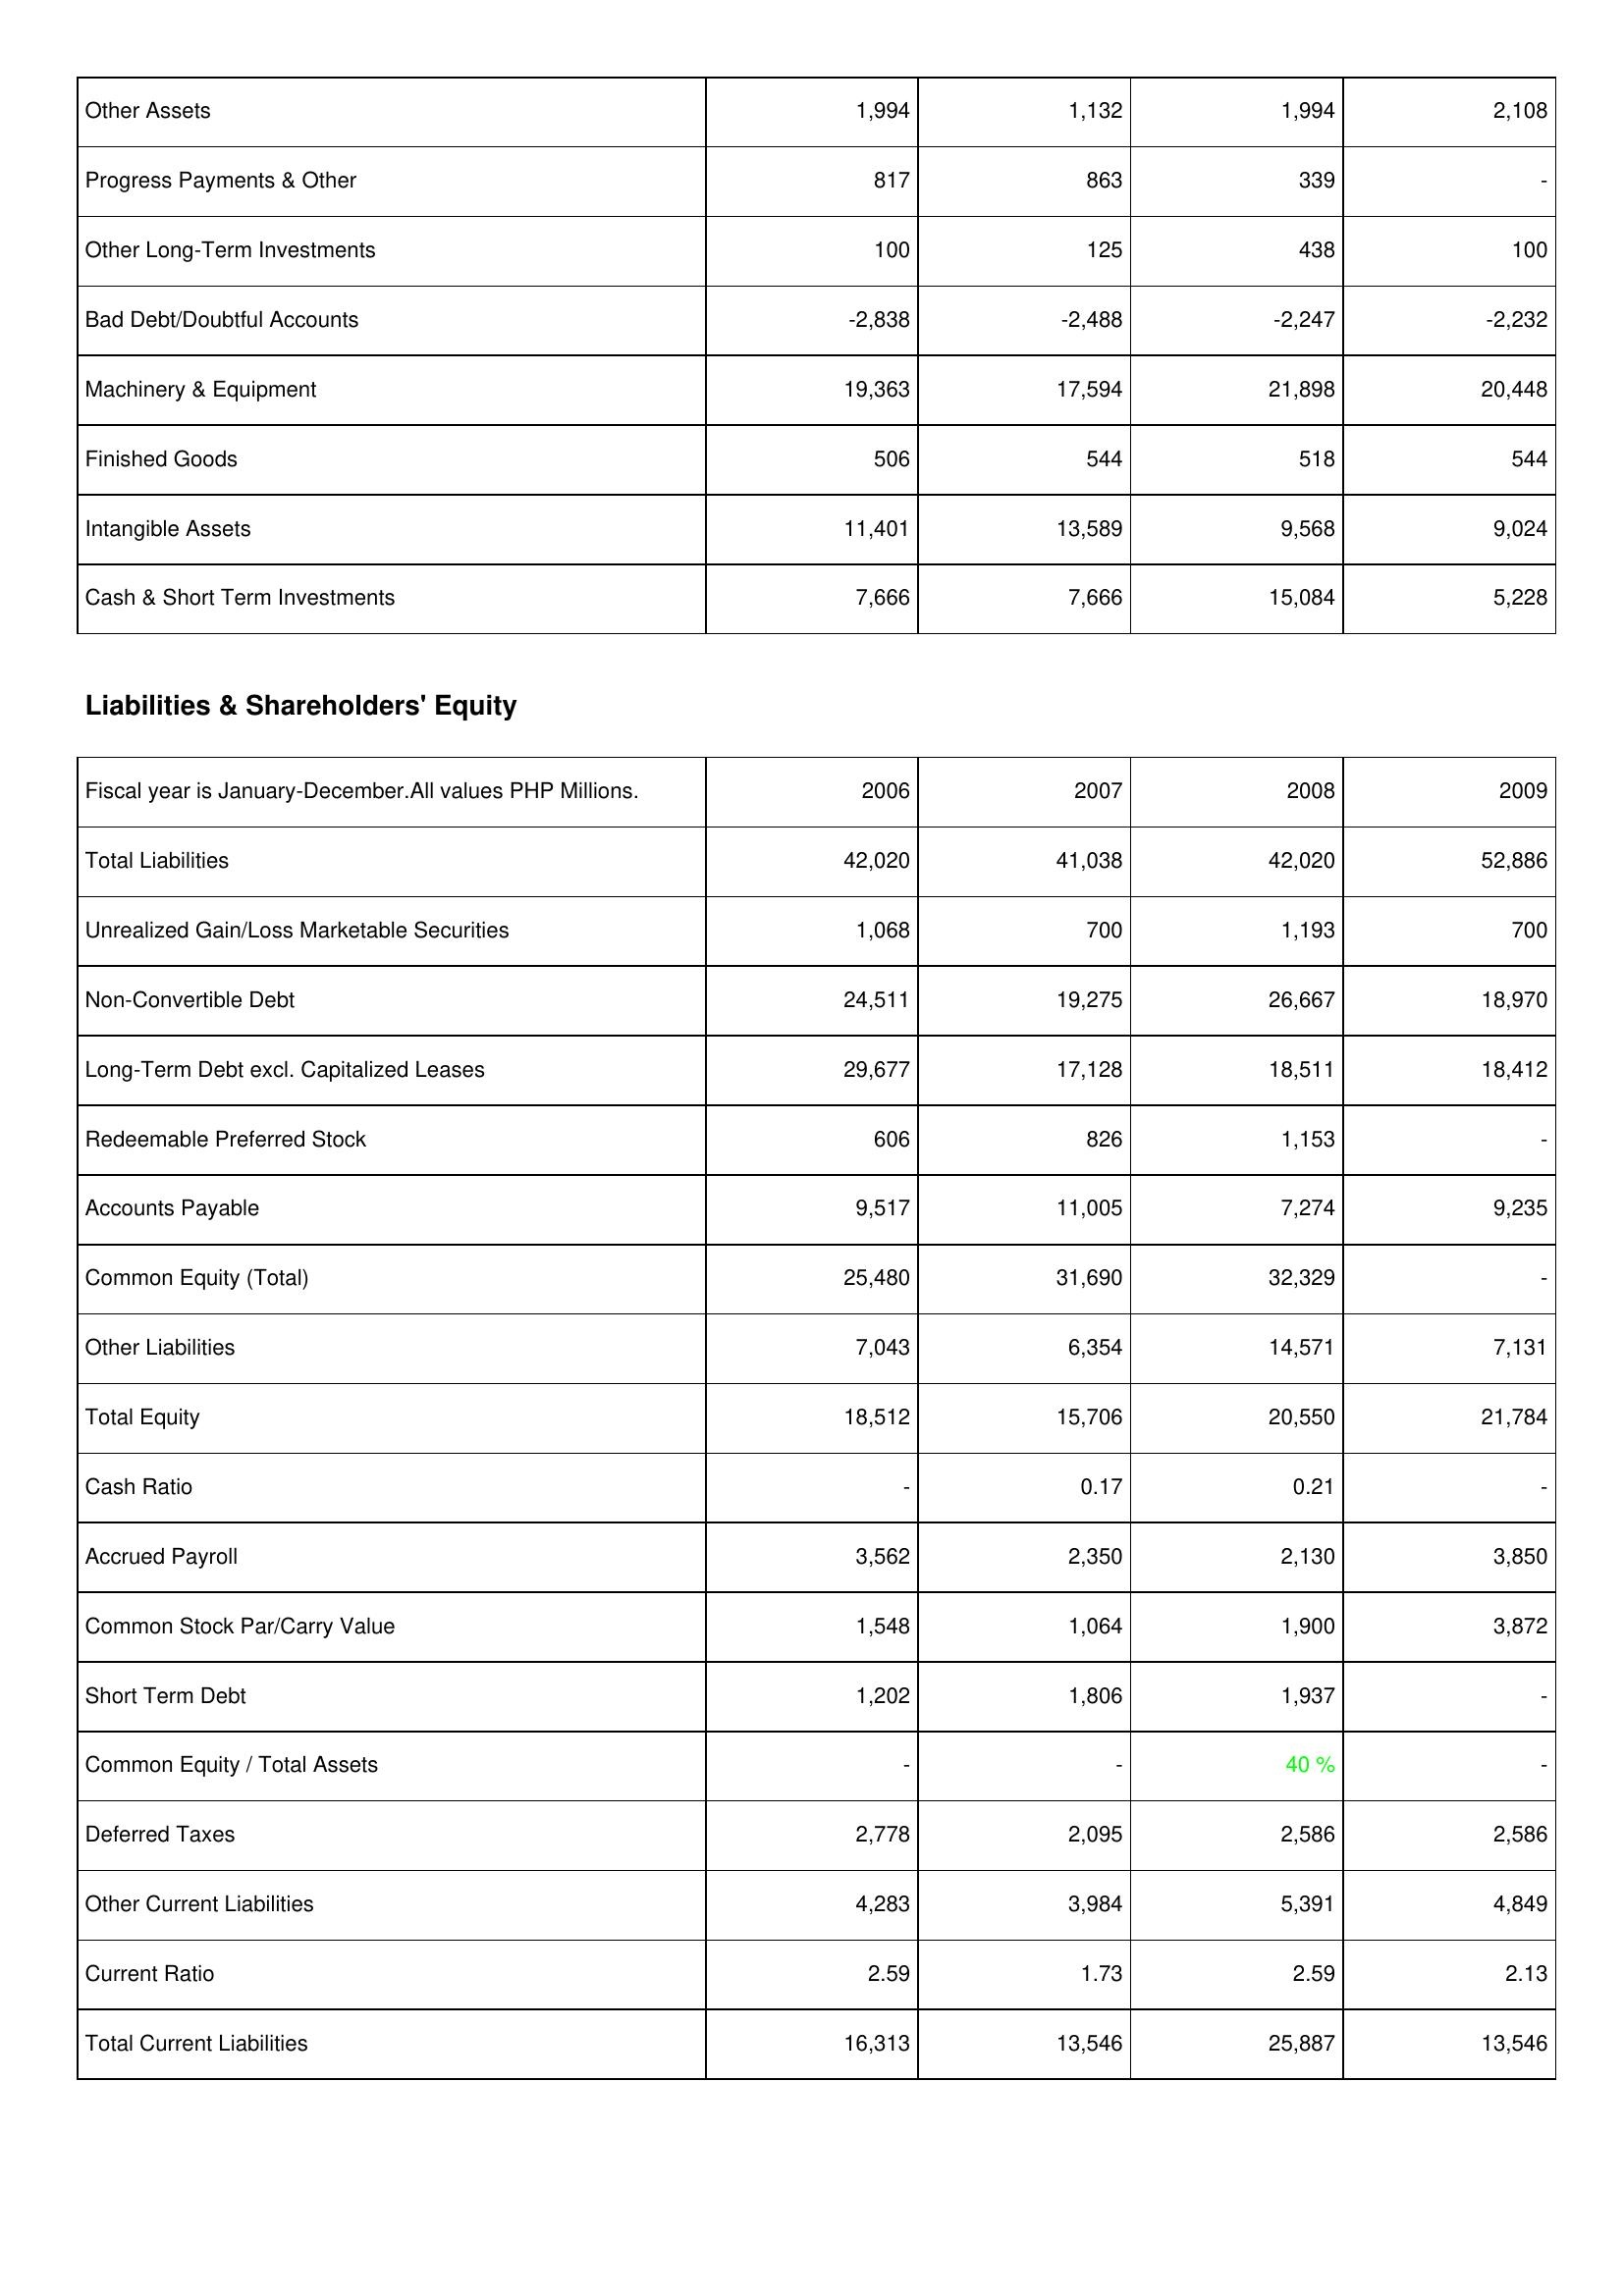
2006: Assets: Other Assets: 1,994
Progress Payments & Other: 817
Other Long-Term Investments: 100
Bad Debt/Doubtful Accounts: -2,838
Machinery & Equipment: 19,363
Finished Goods: 506
Intangible Assets: 11,401
Cash & Short Term Investments: 7,666
Liabilities & Shareholders' Equity: Total Liabilities: 42,020
Unrealized Gain/Loss Marketable Securities: 1,068
Non-Convertible Debt: 24,511
Long-Term Debt excl. Capitalized Leases: 29,677
Redeemable Preferred Stock: 606
Accounts Payable: 9,517
Common Equity (Total): 25,480
Other Liabilities: 7,043
Total Equity: 18,512
Cash Ratio: -
Accrued Payroll: 3,562
Common Stock Par/Carry Value: 1,548
Short Term Debt: 1,202
Common Equity / Total Assets: -
Deferred Taxes: 2,778
Other Current Liabilities: 4,283
Current Ratio: 2.59
Total Current Liabilities: 16,313
2007: Assets: Other Assets: 1,132
Progress Payments & Other: 863
Other Long-Term Investments: 125
Bad Debt/Doubtful Accounts: -2,488
Machinery & Equipment: 17,594
Finished Goods: 544
Intangible Assets: 13,589
Cash & Short Term Investments: 7,666
Liabilities & Shareholders' Equity: Total Liabilities: 41,038
Unrealized Gain/Loss Marketable Securities: 700
Non-Convertible Debt: 19,275
Long-Term Debt excl. Capitalized Leases: 17,128
Redeemable Preferred Stock: 826
Accounts Payable: 11,005
Common Equity (Total): 31,690
Other Liabilities: 6,354
Total Equity: 15,706
Cash Ratio: 0.17
Accrued Payroll: 2,350
Common Stock Par/Carry Value: 1,064
Short Term Debt: 1,806
Common Equity / Total Assets: -
Deferred Taxes: 2,095
Other Current Liabilities: 3,984
Current Ratio: 1.73
Total Current Liabilities: 13,546
2008: Assets: Other Assets: 1,994
Progress Payments & Other: 339
Other Long-Term Investments: 438
Bad Debt/Doubtful Accounts: -2,247
Machinery & Equipment: 21,898
Finished Goods: 518
Intangible Assets: 9,568
Cash & Short Term Investments: 15,084
Liabilities & Shareholders' Equity: Total Liabilities: 42,020
Unrealized Gain/Loss Marketable Securities: 1,193
Non-Convertible Debt: 26,667
Long-Term Debt excl. Capitalized Leases: 18,511
Redeemable Preferred Stock: 1,153
Accounts Payable: 7,274
Common Equity (Total): 32,329
Other Liabilities: 14,571
Total Equity: 20,550
Cash Ratio: 0.21
Accrued Payroll: 2,130
Common Stock Par/Carry Value: 1,900
Short Term Debt: 1,937
Common Equity / Total Assets: 40 %
Deferred Taxes: 2,586
Other Current Liabilities: 5,391
Current Ratio: 2.59
Total Current Liabilities: 25,887
2009: Assets: Other Assets: 2,108
Progress Payments & Other: -
Other Long-Term Investments: 100
Bad Debt/Doubtful Accounts: -2,232
Machinery & Equipment: 20,448
Finished Goods: 544
Intangible Assets: 9,024
Cash & Short Term Investments: 5,228
Liabilities & Shareholders' Equity: Total Liabilities: 52,886
Unrealized Gain/Loss Marketable Securities: 700
Non-Convertible Debt: 18,970
Long-Term Debt excl. Capitalized Leases: 18,412
Redeemable Preferred Stock: -
Accounts Payable: 9,235
Common Equity (Total): -
Other Liabilities: 7,131
Total Equity: 21,784
Cash Ratio: -
Accrued Payroll: 3,850
Common Stock Par/Carry Value: 3,872
Short Term Debt: -
Common Equity / Total Assets: -
Deferred Taxes: 2,586
Other Current Liabilities: 4,849
Current Ratio: 2.13
Total Current Liabilities: 13,546